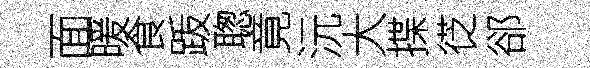
面暖食䟦聦竟沅大揲徔郤